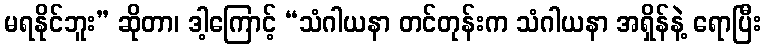
မရနိုင်ဘူး” ဆိုတာ၊ ဒါ့ကြောင့် “သံဂါယနာ တင်တုန်းက သံဂါယနာ အရှိန်နဲ့ ရောပြီး